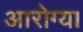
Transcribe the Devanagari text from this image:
आरोग्य।